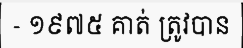
- ១៩៧៥ គាត់ ត្រូវបាន